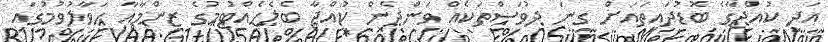
އަދި ކުއްޖާގެ ބޮޑުދައިތައަށް ގިނަ ދުވަސްތަކެއް ވަންދެން ކުއްޖާ ބެލެހެއްޓުމުގެ ޒިންމާއާ ޙަވާލުވުމުގައި